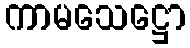
ကာမသေဋ္ဌော